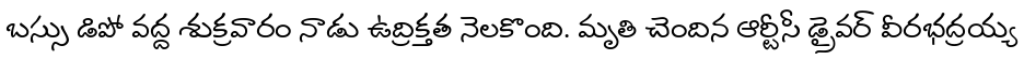
బస్సు డిపో వద్ద శుక్రవారం నాడు ఉద్రిక్తత నెలకొంది. మృతి చెందిన ఆర్టీసీ డ్రైవర్ వీరభద్రయ్య